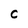
Character: C